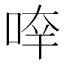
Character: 𠵃